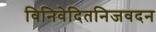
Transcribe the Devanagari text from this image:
विनिवेदितनिजवदन